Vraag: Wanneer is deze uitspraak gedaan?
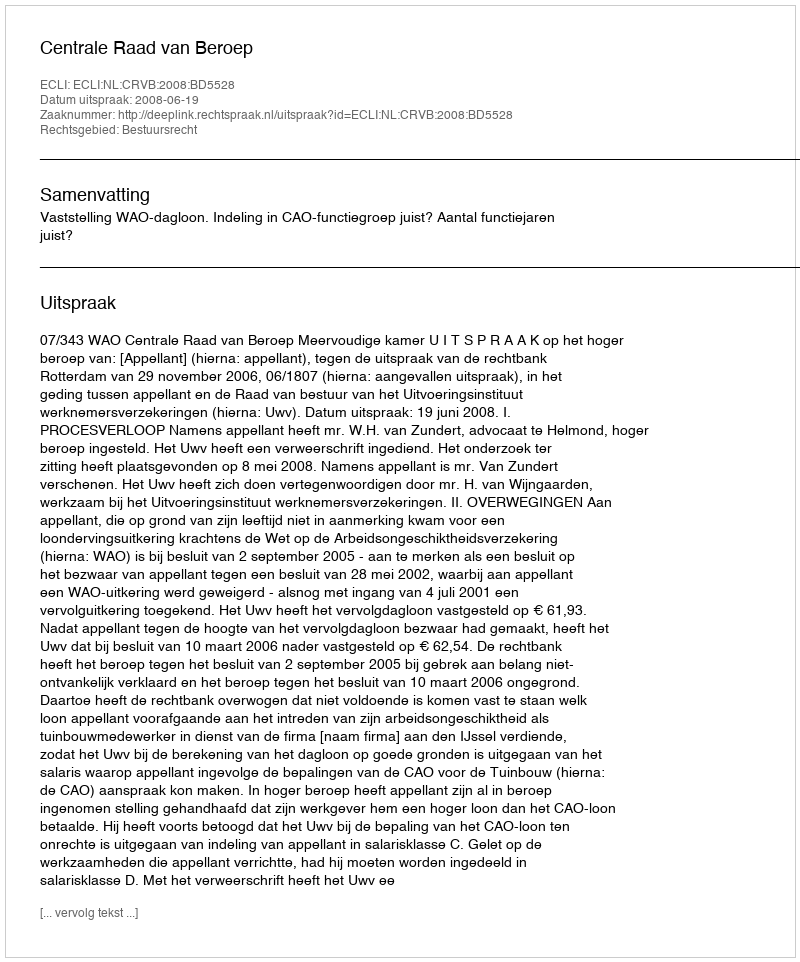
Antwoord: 2008-06-19